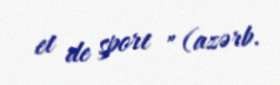
et de sport " (azərb.